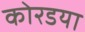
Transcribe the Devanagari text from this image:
कोरडया